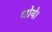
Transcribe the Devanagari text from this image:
धोये।